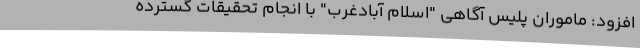
افزود: ماموران پلیس آگاهی "اسلام آبادغرب" با انجام تحقیقات گسترده